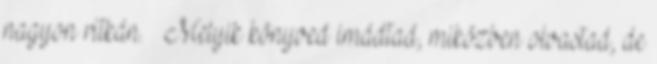
nagyon ritkán. ➤ Melyik könyved imádtad, miközben olvastad, de